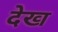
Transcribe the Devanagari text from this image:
देख्‍ा